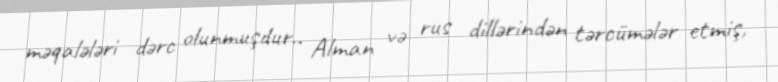
məqalələri dərc olunmuşdur.. Alman və rus dillərindən tərcümələr etmiş,